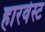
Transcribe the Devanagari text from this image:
हारवेस्ट